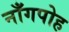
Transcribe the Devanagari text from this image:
नाँगपोह